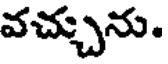
వచ్చును.